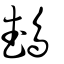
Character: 鵡